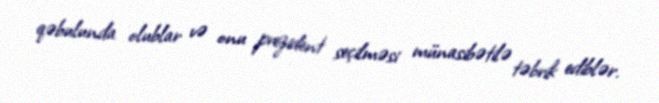
qəbulunda olublar və onu prezident seçilməsi münasibətilə təbrik ediblər.